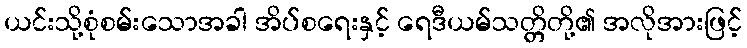
ယင်းသို့စုံစမ်းသောအခါ အိပ်စရေးနှင့် ရေဒီယမ်သတ္တိတို့၏ အလိုအားဖြင့်